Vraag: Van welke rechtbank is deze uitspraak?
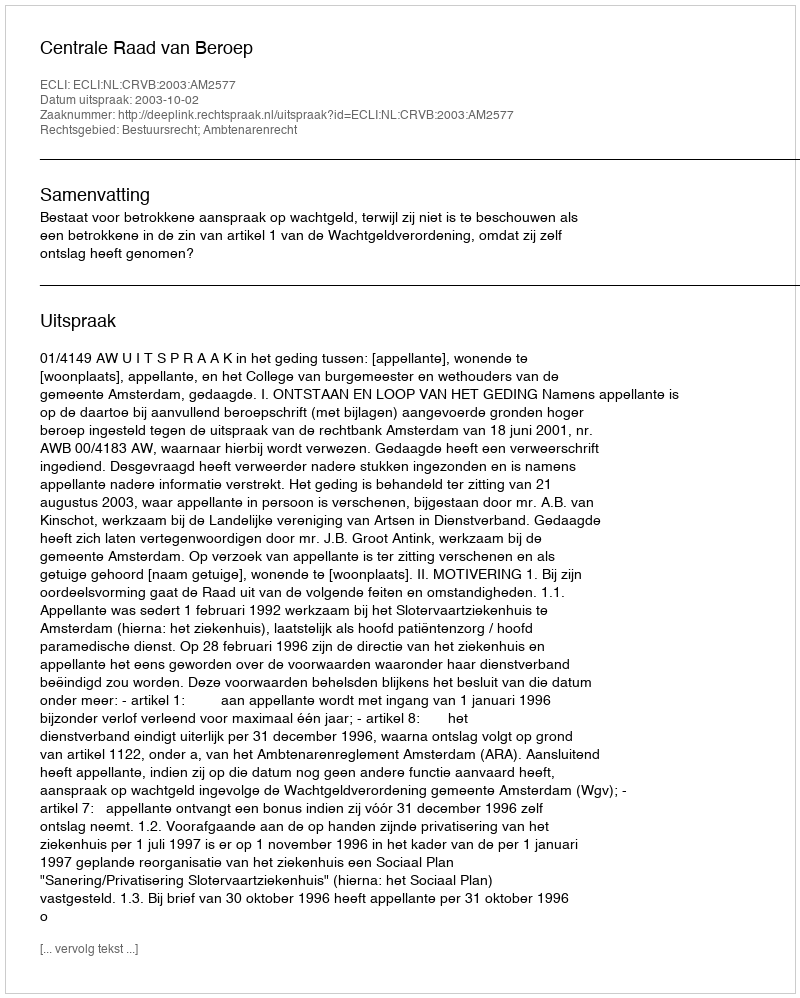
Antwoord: Centrale Raad van Beroep